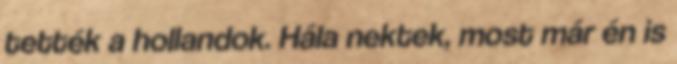
tették a hollandok. Hála nektek, most már én is